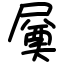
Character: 㞟